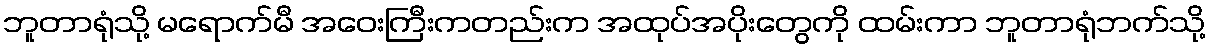
ဘူတာရုံသို့ မရောက်မီ အဝေးကြီးကတည်းက အထုပ်အပိုးတွေကို ထမ်းကာ ဘူတာရုံဘက်သို့